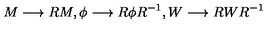
M \longrightarrow R M , \phi \longrightarrow R \phi R ^ { - 1 } , W \longrightarrow R W R ^ { - 1 }